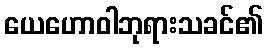
ယေဟောဝါဘုရားသခင်၏